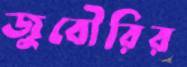
জুবৌরির